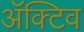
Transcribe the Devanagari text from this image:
ॲक्टिव